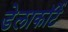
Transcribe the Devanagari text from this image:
डेलाकॉर्टे